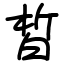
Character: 皙